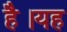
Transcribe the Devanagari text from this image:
हैै।यह